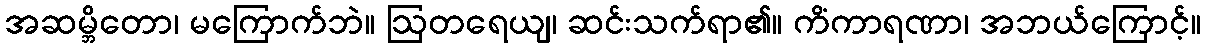
အဆမ္ဘိတော၊ မကြောက်ဘဲ။ ဩတရေယျ၊ ဆင်းသက်ရာ၏။ ကိံကာရဏာ၊ အဘယ်ကြောင့်။